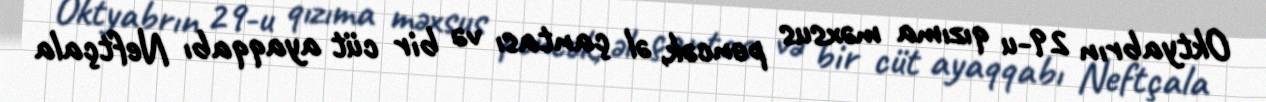
Oktyabrın 29-u qızıma məxsus pencək, əl çantası və bir cüt ayaqqabı Neftçala